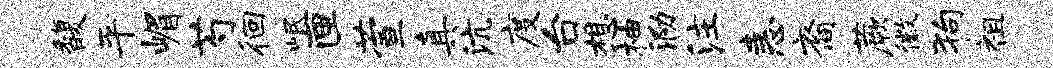
馥平嵋芍徊岷匣萱真沆度台想柚泐注恚裔蕨徽狗祖